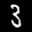
Label: 3